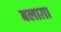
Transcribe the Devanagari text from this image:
बलाग़ा